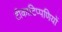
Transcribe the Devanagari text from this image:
टीकाटिप्पणियों